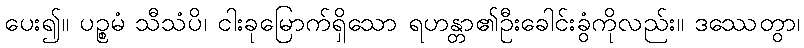
ပေး၍။ ပဉ္စမံ သီသံပိ၊ ငါးခုမြောက်ရှိသော ရဟန္တာ၏ဦးခေါင်းခွံကိုလည်း။ ဒဿေတွာ၊